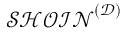
{ \mathcal { S H O I N } } ^ { \mathcal { ( D ) } }